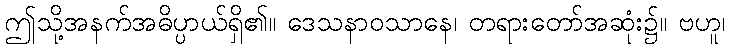
ဤသို့အနက်အဓိပ္ပာယ်ရှိ၏။ ဒေသနာဝသာနေ၊ တရားတော်အဆုံး၌။ ဗဟူ၊